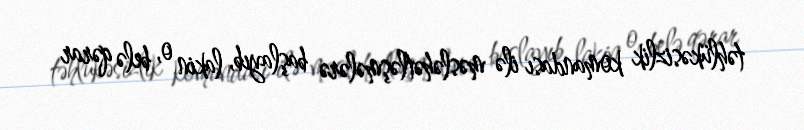
təhlükəsizlik komandası ilə məsləhətləşmələrə başlayıb, lakin o, belə qərar